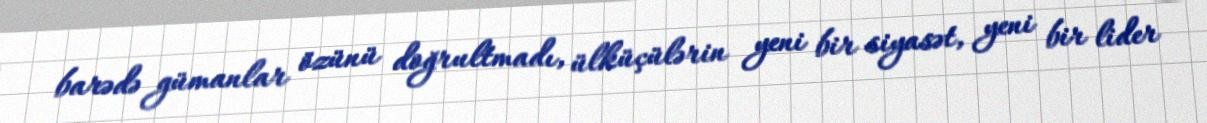
barədə gümanlar özünü doğrultmadı, ülküçülərin yeni bir siyasət, yeni bir lider